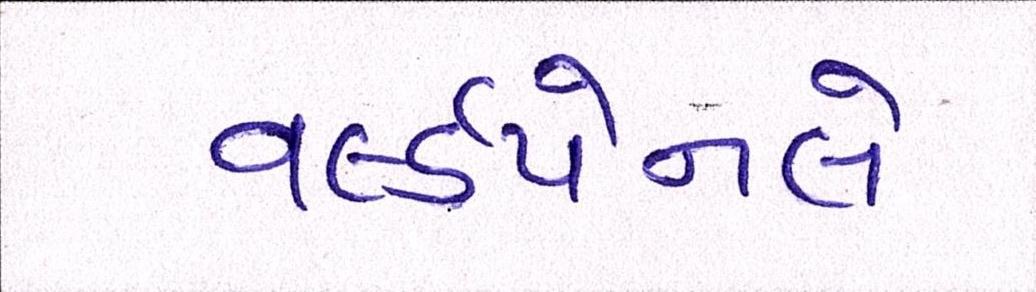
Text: વર્લ્ડપેનલે